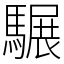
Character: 𩥇